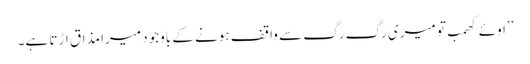
’’اوئے کھمب تو میری رگ رگ سے واقف ہونے کے باوجود میرا مذاق اڑتا ہے۔